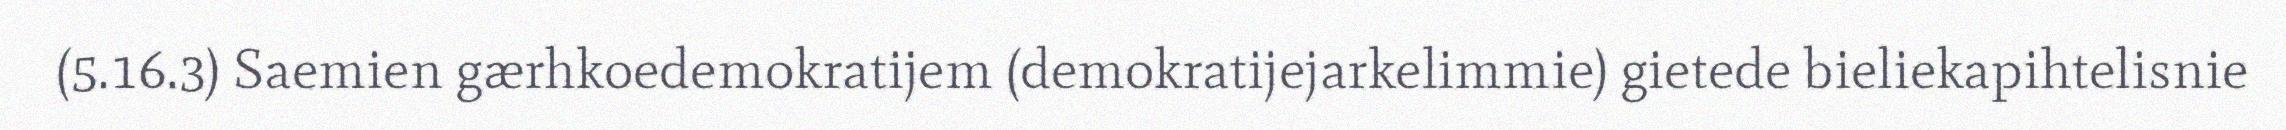
(5.16.3) Saemien gærhkoedemokratijem (demokratijejarkelimmie) gietede bieliekapihtelisnie